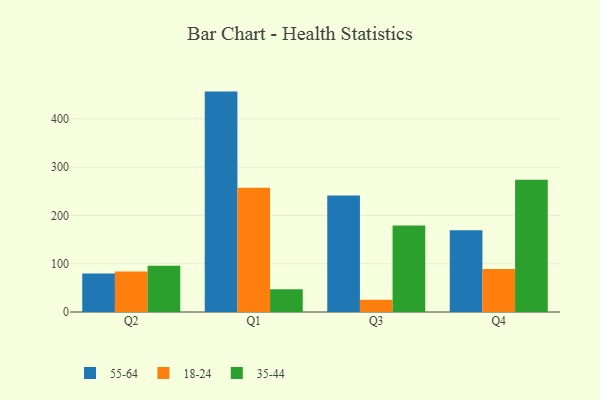
{"axis": {"x": "Quarter", "y": "Market Share (%)"}, "legend": ["18-24", "35-44", "55-64"], "data": [{"x": "Q2", "y": 79.8, "type": "55-64"}, {"x": "Q2", "y": 83.7, "type": "18-24"}, {"x": "Q2", "y": 96.0, "type": "35-44"}, {"x": "Q1", "y": 456.3, "type": "55-64"}, {"x": "Q1", "y": 257.3, "type": "18-24"}, {"x": "Q1", "y": 47.3, "type": "35-44"}, {"x": "Q3", "y": 241.0, "type": "55-64"}, {"x": "Q3", "y": 25.3, "type": "18-24"}, {"x": "Q3", "y": 179.0, "type": "35-44"}, {"x": "Q4", "y": 169.4, "type": "55-64"}, {"x": "Q4", "y": 89.2, "type": "18-24"}, {"x": "Q4", "y": 274.0, "type": "35-44"}]}